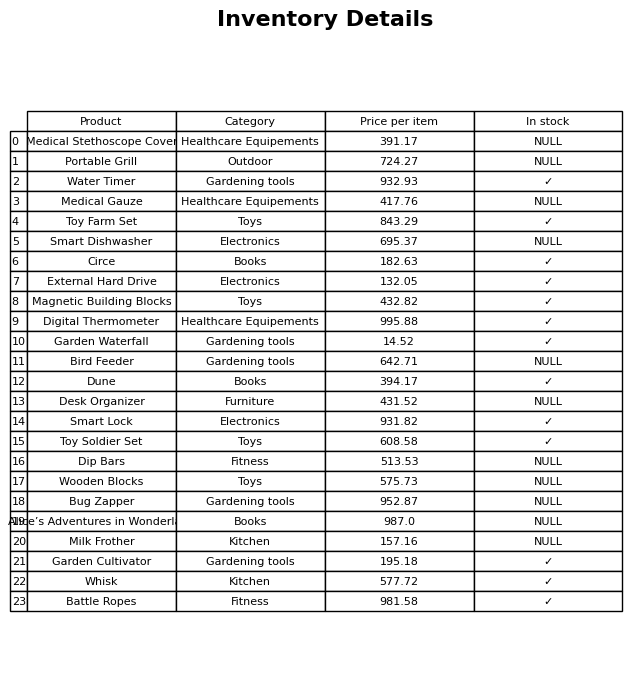
question: What is the price of the Battle Ropes?
answer: The price of Battle Ropes is 981.58.